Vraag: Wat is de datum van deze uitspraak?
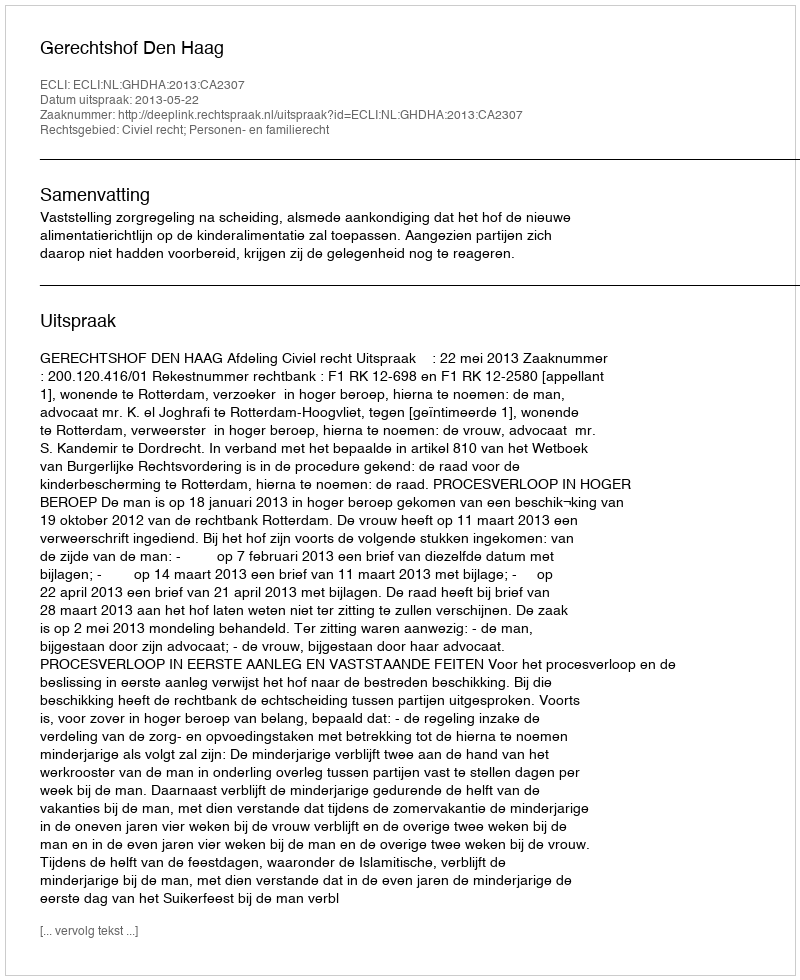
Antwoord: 2013-05-22